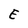
Character: E